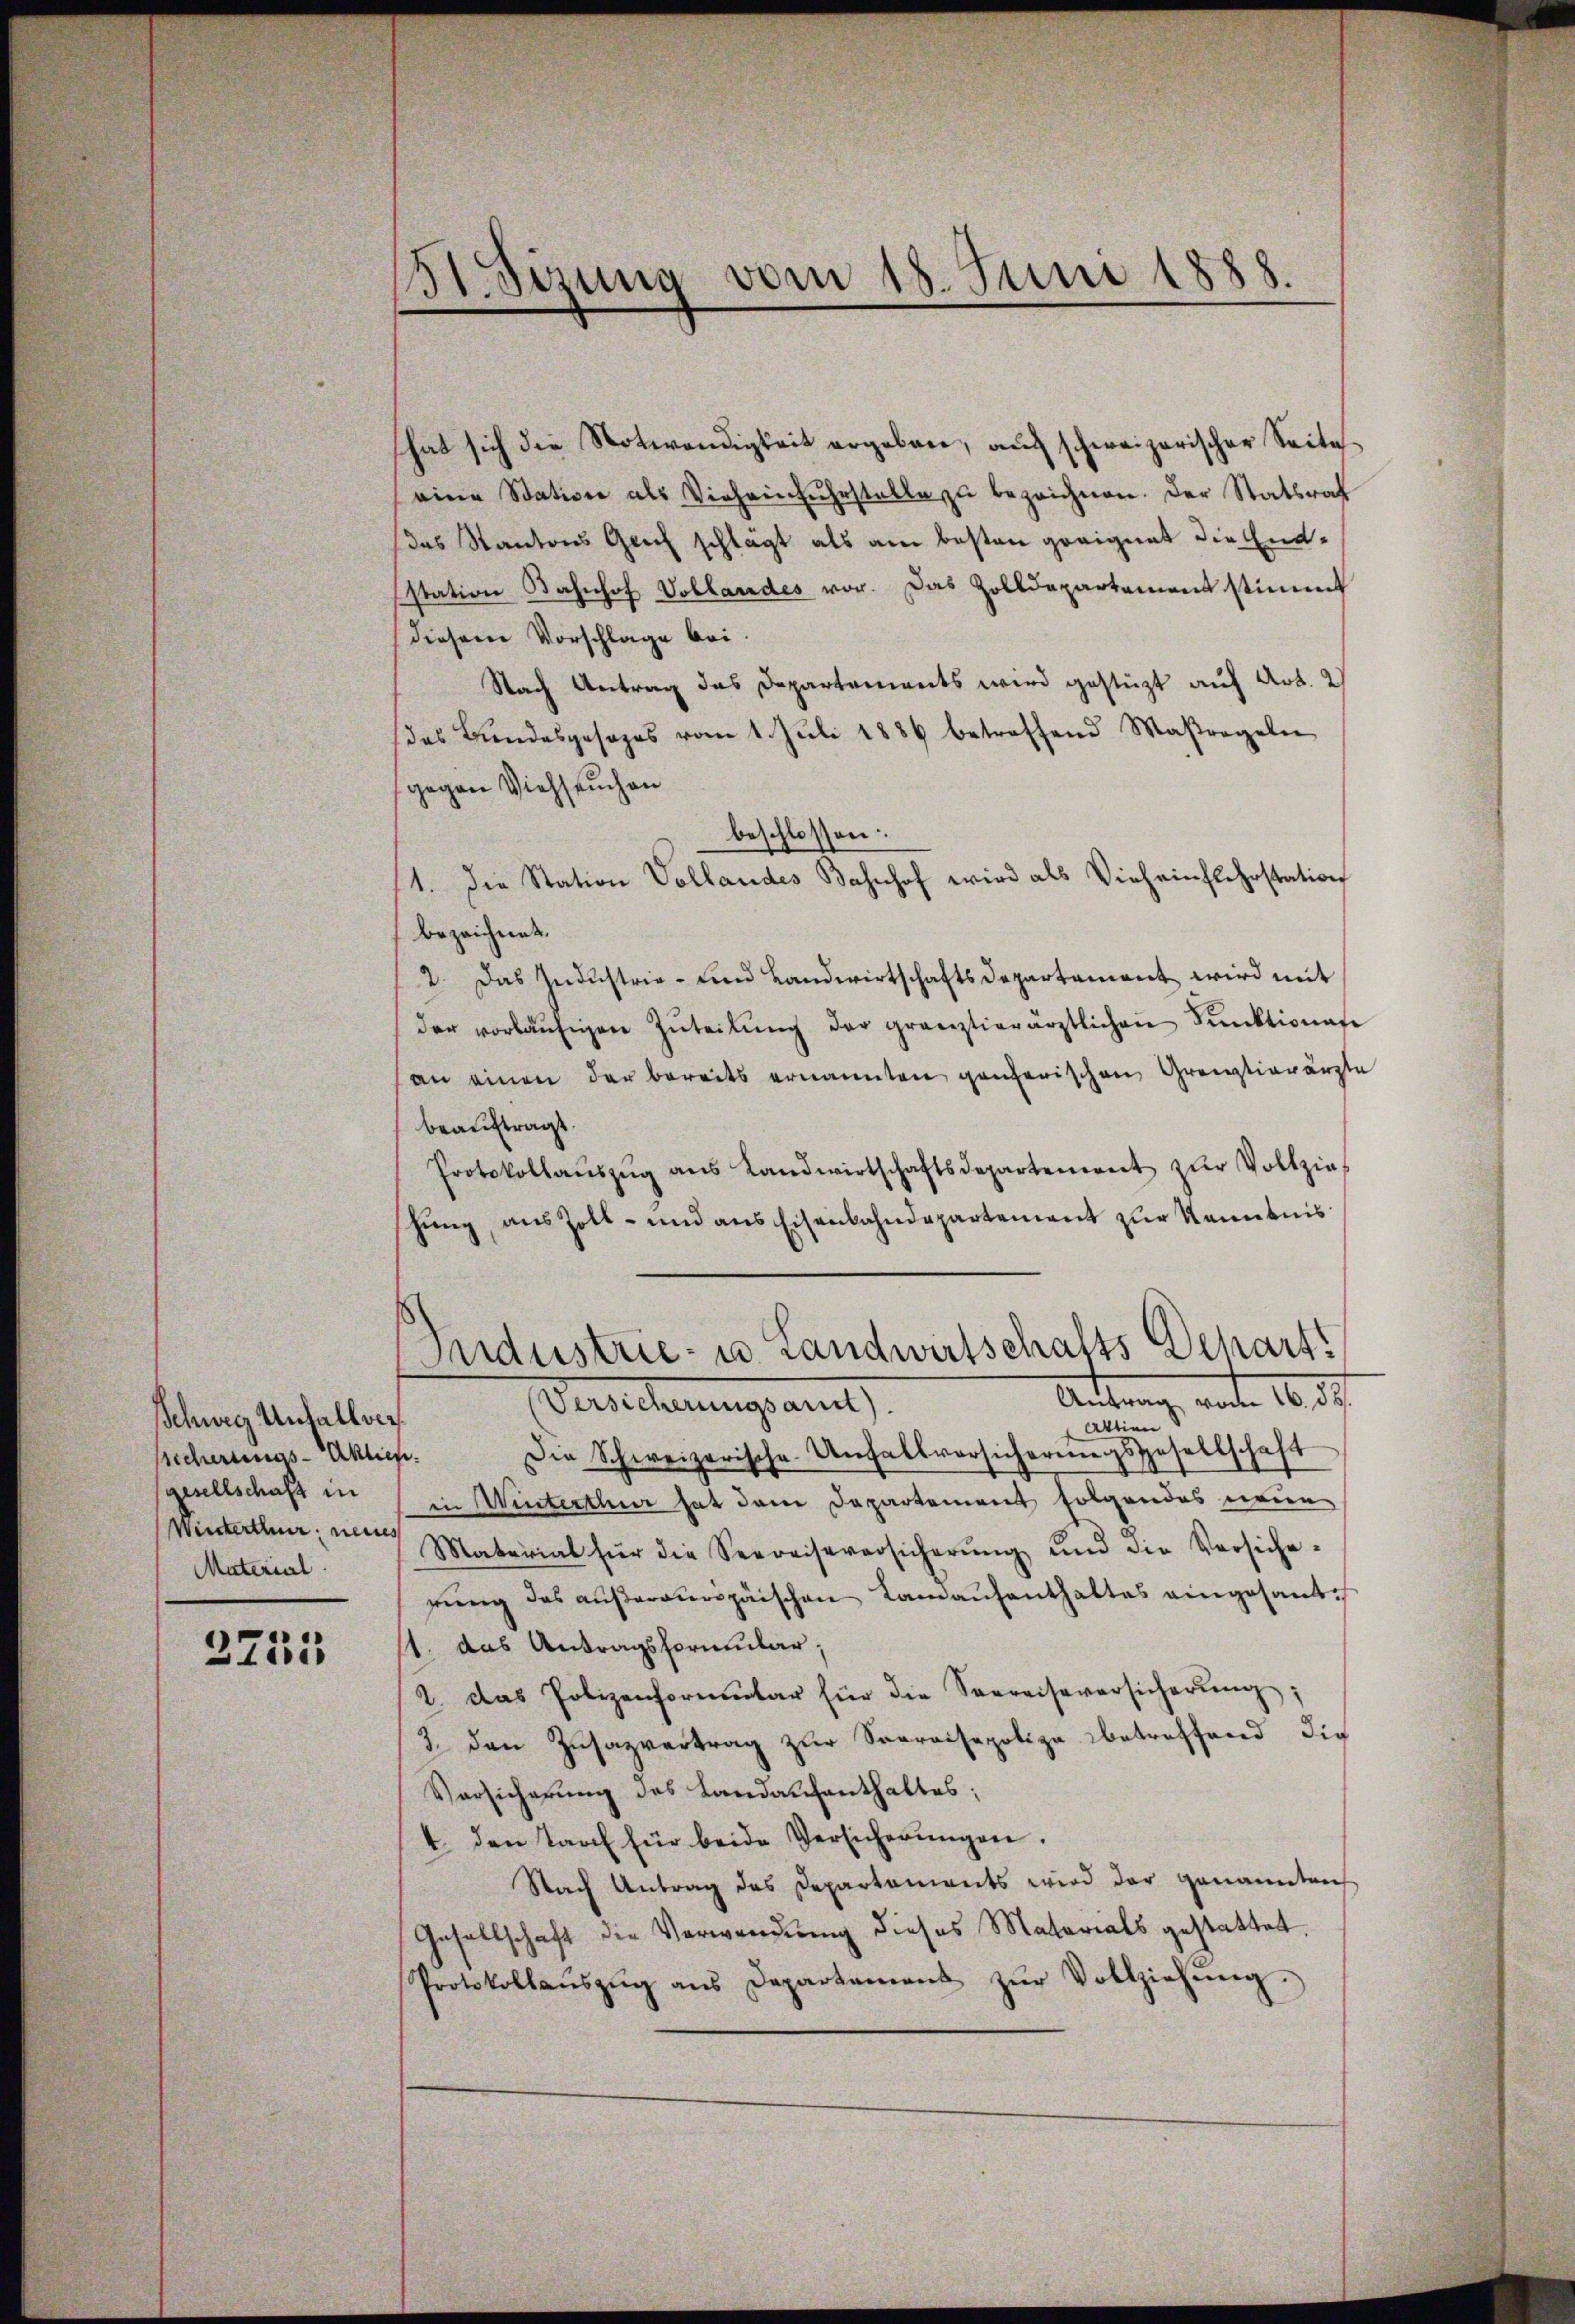
Schweiz Unfallversicherungs-Aktien.
gesellschaft in
Winterthur neues
Material

3755

151. Sizung vom 18. Juni 1888.
—

hat sich die Notwendigkeit ergeben, auch schweizerischer Seite
eine Station als Vieheinfuhrstelle zŭ bezeichnen. Der Statsrat
das Kantons Glich schlägt als am besten geeignet die Endstation Bahnhof Vollandes vor. Das Zolldepartement stimmt
diesem Vorschlage bei
Nach Antrag das Departements wird gestüzt auf Art. 2
(das Bundesgesages vom 1. Juli 1886 betreffend Maßregeln
gegen Viehseuchen
beschlossen:
1. Die Station Vollandes Bahnhof wird als Vieh einflehrstation
bezeichnet.
2. Das Industrie- und Landwirtschaftsdepartament wird mit
der vorläŭfigen Zŭteilŭng der gränztierärztlichen Punktionate
an einen der bereits ernannten ganzerischen Grenztigränzte
beauftragt.
Protokollaŭszŭg aŭs Landwirtschaftsdepartement zŭr Vollzie
schung, aus Zoll- und aus Eisenbahndepartement zur Kenntnis
Industrie- u. Landwirtschafts Depart
Antrag vom 16. 55.
Vereicherungsant
artien
Die Schweizerische Unfallversicherŭngsgesellschaft
in Winterthur hat dem Departement folgendes neuen
Material für die Seereiseversicherŭng und die Versiche-
rung des außerauripäischen Lanaufenthaltes eingesandt
11. das Antragsformular,
2. das Polizenformŭlar für die Seereiseversicherŭng;
3. den Zŭsazvertrag zŭr Saaraisepolizabetreffend die
Vorsicherung des Landaufenthaltes;
4. den Tage für beide Versicherŭngen.
Nach Antrag des Departements wird der genannten
Gesellschaft die Verwendung dieses Materials gestattet.
Protokollaŭszŭg ans Departement zŭr Vollziehŭng.